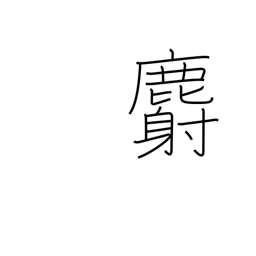
Meaning: musk deer